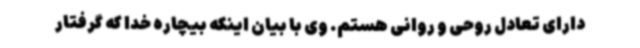
دارای تعادل روحی و روانی هستم. وی با بیان اینکه بیچاره خدا که گرفتار